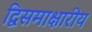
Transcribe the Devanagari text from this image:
द्विसमाक्षारीय